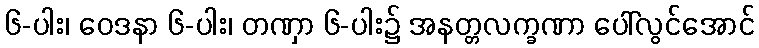
၆-ပါး၊ ဝေဒနာ ၆-ပါး၊ တဏှာ ၆-ပါး၌ အနတ္တလက္ခဏာ ပေါ်လွင်အောင်